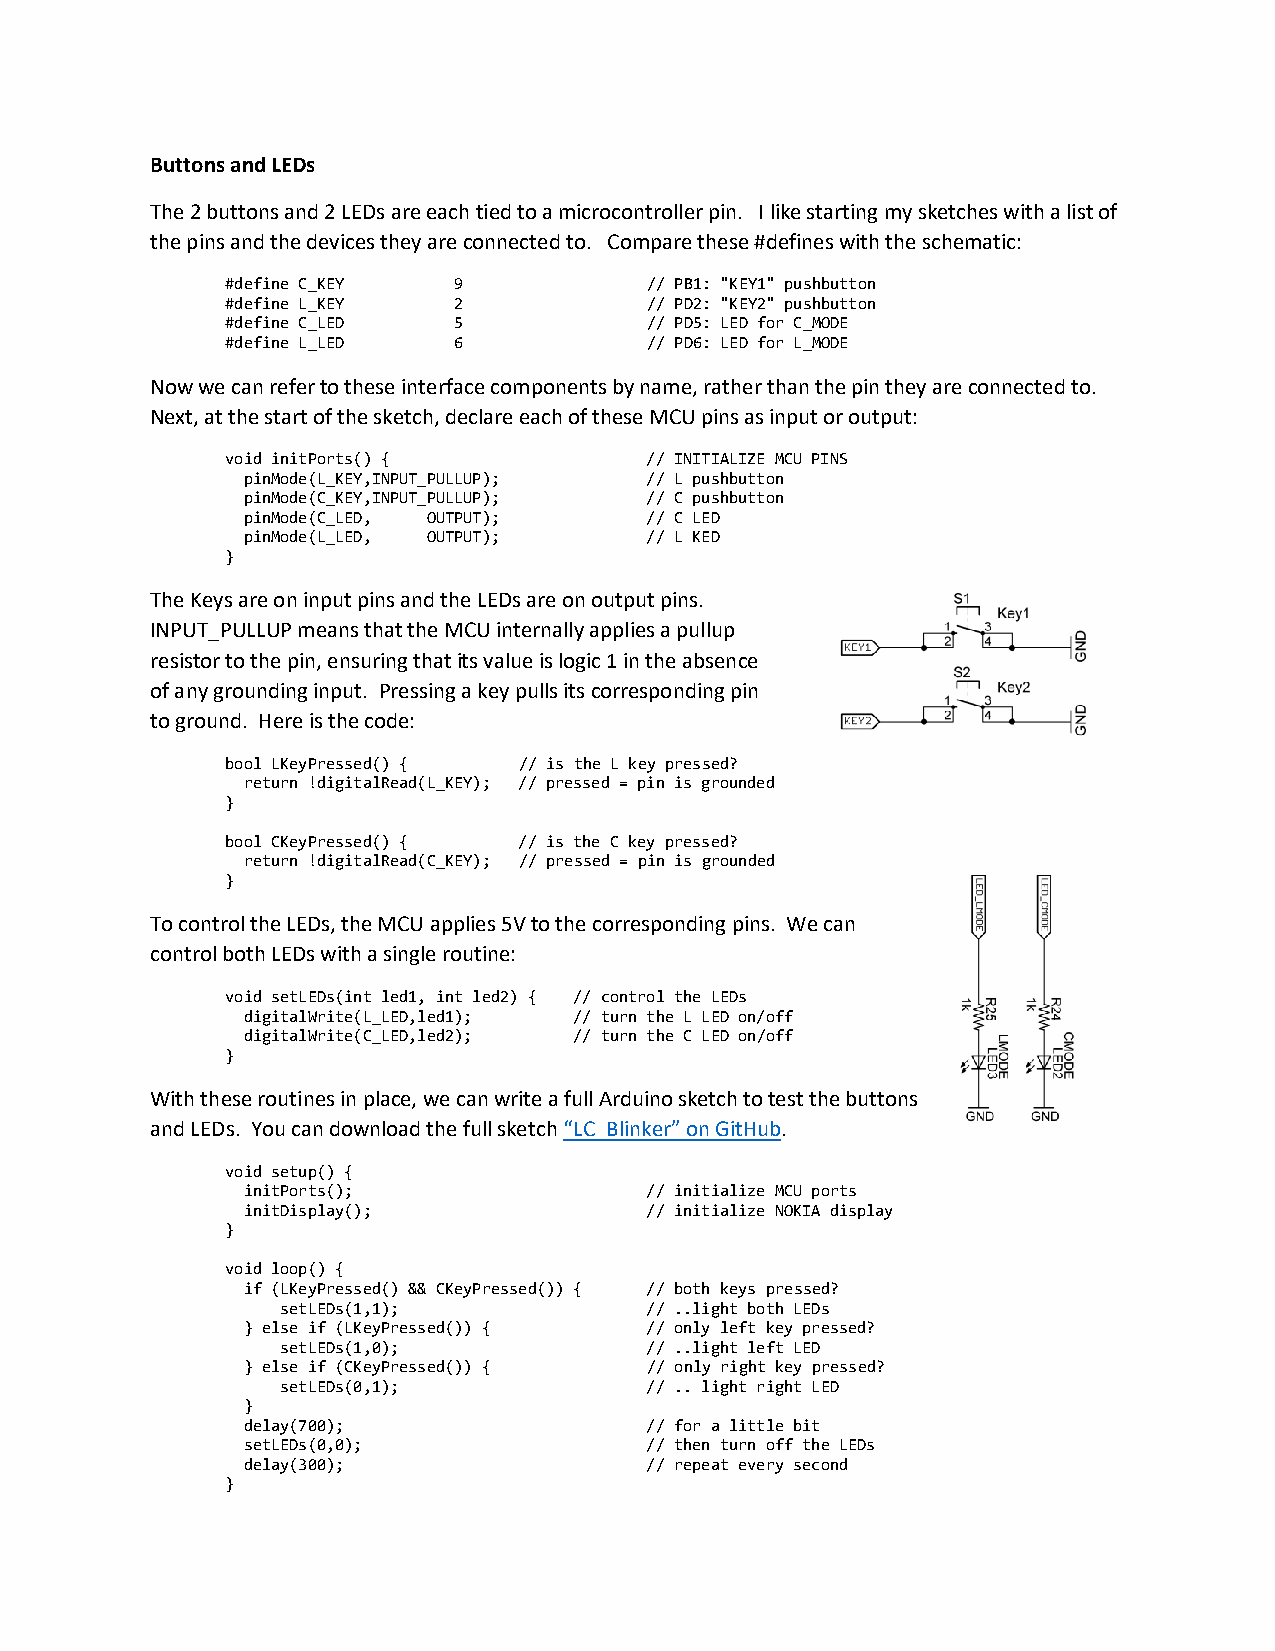
Buttons and LEDs
 The 2 buttons and 2 LEDs are each tied to a microcontroller pin. I like starting my sketches with a list of
 the pins and the devices they are connected to. Compare these #defines with the schematic:
 #define C_KEY  9            // PB1: "KEY1" pushbutton
 #define L_KEY  2            // PD2: "KEY2" pushbutton
 #define C_LED  5            // PD5: LED for C_MODE
 #define L_LED  6            // PD6: LED for L_MODE
 Now we can refer to these interface components by name, rather than the pin they are connected to.
 Next, at the start of the sketch, declare each of these MCU pins as input or output:
 void initPorts() {          // INITIALIZE MCU PINS
 pinMode(L_KEY,INPUT_PULLUP); // L pushbutton
 pinMode(C_KEY,INPUT_PULLUP); // C pushbutton
 pinMode(C_LED, OUTPUT);    // C LED
 pinMode(L_LED, OUTPUT);    // L KED
 }
 The Keys are on input pins and the LEDs are on output pins.
 INPUT_PULLUP means that the MCU internally applies a pullup
 resistor to the pin, ensuring that its value is logic 1 in the absence
 of any grounding input. Pressing a key pulls its corresponding pin
 to ground. Here is the code:
 bool LKeyPressed() { // is the L key pressed?
 return !digitalRead(L_KEY); // pressed = pin is grounded
 }
 bool CKeyPressed() { // is the C key pressed?
 return !digitalRead(C_KEY); // pressed = pin is grounded
 }
 To control the LEDs, the MCU applies 5V to the corresponding pins. We can
 control both LEDs with a single routine:
 void setLEDs(int led1, int led2) { // control the LEDs
 digitalWrite(L_LED,led1); // turn the L LED on/off
 digitalWrite(C_LED,led2); // turn the C LED on/off
 }
 With these routines in place, we can write a full Arduino sketch to test the buttons
 and LEDs. You can download the full sketch “LC_Blinker” on GitHub.
 void setup() {
 initPorts();               // initialize MCU ports
 initDisplay();             // initialize NOKIA display
 }
 void loop() {
 if (LKeyPressed() && CKeyPressed()) { // both keys pressed?
 setLEDs(1,1);           // ..light both LEDs
 } else if (LKeyPressed()) { // only left key pressed?
 setLEDs(1,0);           // ..light left LED
 } else if (CKeyPressed()) { // only right key pressed?
 setLEDs(0,1);           // .. light right LED
 }
 delay(700);                // for a little bit
 setLEDs(0,0);              // then turn off the LEDs
 delay(300);                // repeat every second
 }